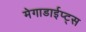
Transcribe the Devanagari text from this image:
मेगाडाईप्ट्स